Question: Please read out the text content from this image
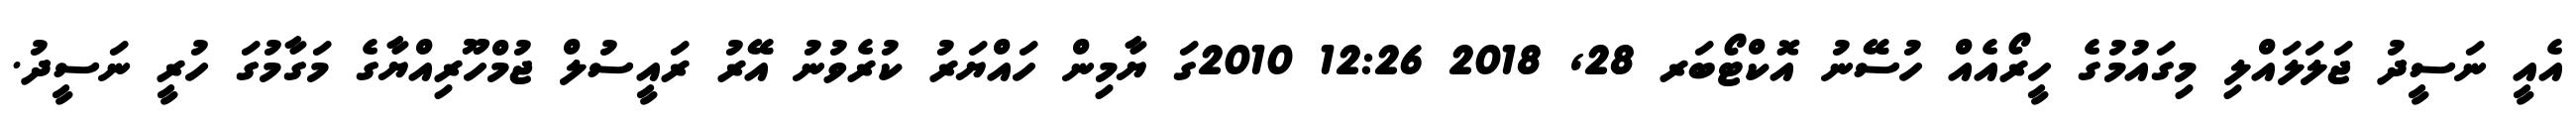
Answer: އެއީ ނަސީދު ޖަލަލައްލި މިގައުމުގެ ހީރޯއެއް ހުސޭނު އޮކްޓޯބަރ 28, 2018 12:26 2010ގަ ޔާމިން ހައްޔަރު ކުރެވުނު އޭރު ރައީސުލް ޖުމްހޫރިއްޔާގެ މަގާމުގަ ހުރީ ނަސީދު.